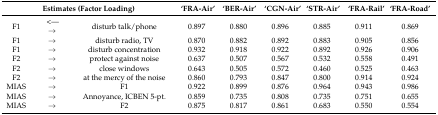
| <COLSPAN=3> Estimates (Factor Loading) | ‘FRA-Air’ | ‘BER-Air’ | ‘CGN-Air’ | ‘STR-Air’ | ‘FRA-Rail’ | ‘FRA-Road’ |
 | --- | --- | --- | --- | --- | --- | --- | --- | --- |
 | F1 | <---→ | disturb talk/phone | 0.897 | 0.880 | 0.896 | 0.885 | 0.911 | 0.869 |
 | F1 | → | disturb radio, TV | 0.870 | 0.882 | 0.892 | 0.883 | 0.905 | 0.856 |
 | F1 | → | disturb concentration | 0.932 | 0.918 | 0.922 | 0.892 | 0.926 | 0.906 |
 | F2 | → | protect against noise | 0.637 | 0.507 | 0.567 | 0.532 | 0.558 | 0.491 |
 | F2 | → | close windows | 0.643 | 0.505 | 0.572 | 0.460 | 0.525 | 0.463 |
 | F2 | → | at the mercy of the noise | 0.860 | 0.793 | 0.847 | 0.800 | 0.914 | 0.924 |
 | MIAS | → | F1 | 0.922 | 0.899 | 0.876 | 0.964 | 0.943 | 0.986 |
 | MIAS | → | Annoyance, ICBEN 5-pt. | 0.859 | 0.735 | 0.808 | 0.735 | 0.751 | 0.655 |
 | MIAS | → | F2 | 0.875 | 0.817 | 0.861 | 0.683 | 0.550 | 0.554 |